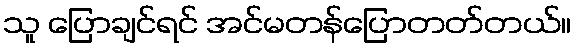
သူ ပြောချင်ရင် အင်မတန်ပြောတတ်တယ်။